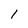
Character: 1